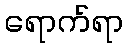
ရောက်ရာ